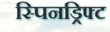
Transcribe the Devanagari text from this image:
स्पिनड्रिफ्ट